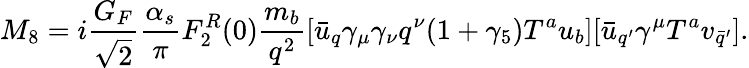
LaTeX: M_{8}=i\frac{G_{F}}{\sqrt{2}}\frac{\alpha_{s}}{\pi}F_{2}^{R}(0)\frac{m_{b}}{q^{2}}[\bar{u}_{q}\gamma_{\mu}\gamma_{\nu}q^{\nu}(1+\gamma_{5})T^{a}u_{b}][\bar{u}_{q^{\prime}}\gamma^{\mu}T^{a}v_{\bar{q}^{\prime}}].